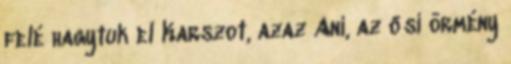
felé hagytuk el Karszot, azaz Ani, az ősi örmény